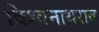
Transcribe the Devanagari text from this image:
विश्वनाथराव